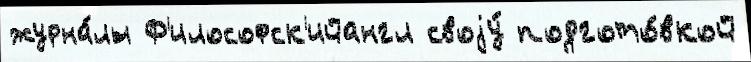
журна́лы Ф'илософск'ийангл своjу́ подгото́вкой